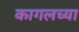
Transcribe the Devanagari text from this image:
कागलच्या